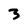
Character: 3